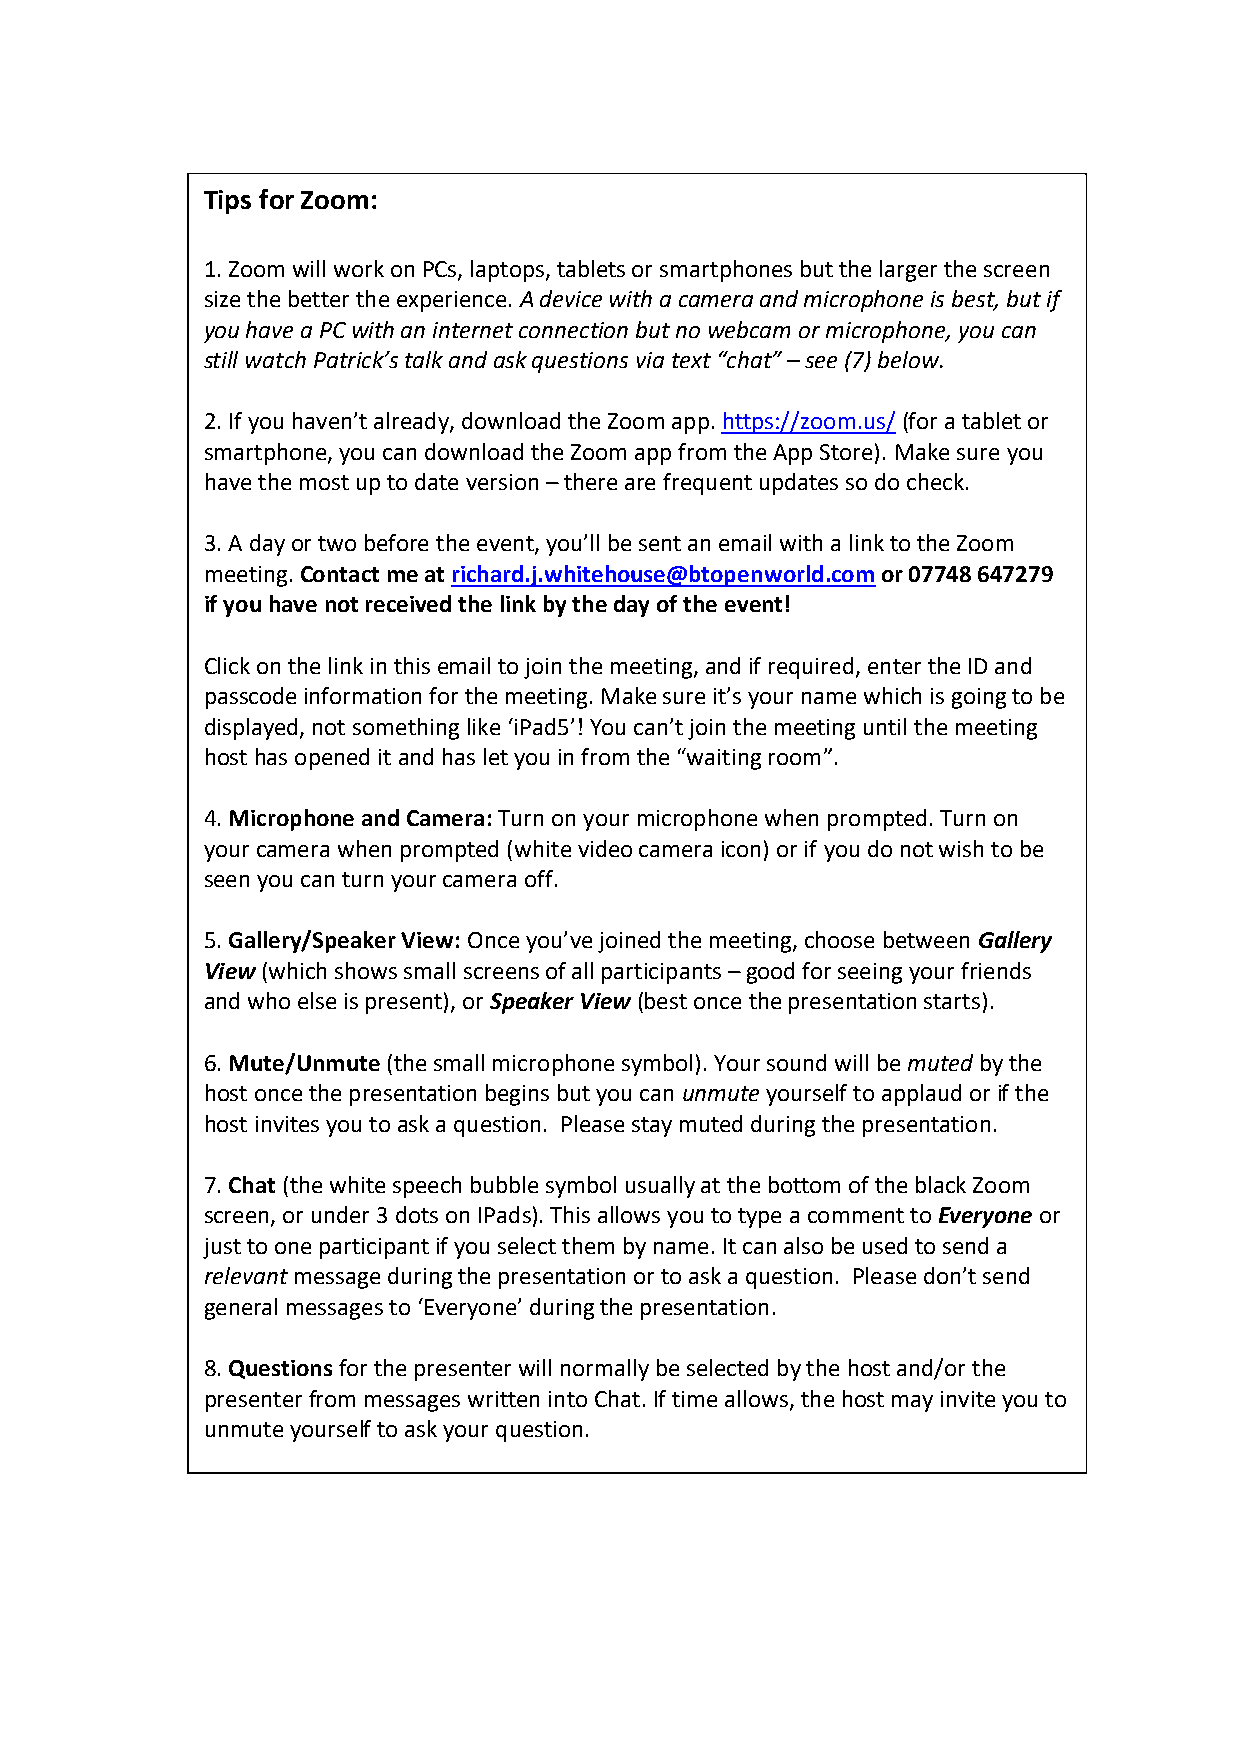
Tips for Zoom:
 1. Zoom will work on PCs, laptops, tablets or smartphones but the larger the screen
 size the better the experience. A device with a camera and microphone is best, but if
 you have a PC with an internet connection but no webcam or microphone, you can
 still watch Patrick’s talk and ask questions via text “chat” – see (7) below.
 2. If you haven’t already, download the Zoom app. https://zoom.us/ (for a tablet or
 smartphone, you can download the Zoom app from the App Store). Make sure you
 have the most up to date version – there are frequent updates so do check.
 3. A day or two before the event, you’ll be sent an email with a link to the Zoom
 meeting. Contact me at richard.j.whitehouse@btopenworld.com or 07748 647279
 if you have not received the link by the day of the event!
 Click on the link in this email to join the meeting, and if required, enter the ID and
 passcode information for the meeting. Make sure it’s your name which is going to be
 displayed, not something like ‘iPad5’! You can’t join the meeting until the meeting
 host has opened it and has let you in from the “waiting room”.
 4. Microphone and Camera: Turn on your microphone when prompted. Turn on
 your camera when prompted (white video camera icon) or if you do not wish to be
 seen you can turn your camera off.
 5. Gallery/Speaker View: Once you’ve joined the meeting, choose between Gallery
 View (which shows small screens of all participants – good for seeing your friends
 and who else is present), or Speaker View (best once the presentation starts).
 6. Mute/Unmute (the small microphone symbol). Your sound will be muted by the
 host once the presentation begins but you can unmute yourself to applaud or if the
 host invites you to ask a question. Please stay muted during the presentation.
 7. Chat (the white speech bubble symbol usually at the bottom of the black Zoom
 screen, or under 3 dots on IPads). This allows you to type a comment to Everyone or
 just to one participant if you select them by name. It can also be used to send a
 relevant message during the presentation or to ask a question. Please don’t send
 general messages to ‘Everyone’ during the presentation.
 8. Questions for the presenter will normally be selected by the host and/or the
 presenter from messages written into Chat. If time allows, the host may invite you to
 unmute yourself to ask your question.